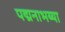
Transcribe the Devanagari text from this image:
पद्मनाभय्या